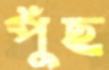
পুঁছ